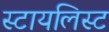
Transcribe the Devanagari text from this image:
स्टायलिस्ट